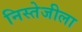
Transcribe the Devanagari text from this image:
निस्तेजीला